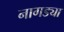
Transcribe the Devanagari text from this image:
नागड्या